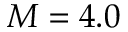
M = 4 . 0